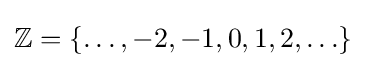
\mathbb {Z} =\{\ldots ,-2,-1,0,1,2,\ldots \}